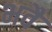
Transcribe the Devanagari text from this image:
भवै